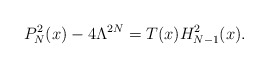
\begin{align*}P_N^2(x) - 4\Lambda^{2N} = T(x) H_{N-1}^2(x).\end{align*}